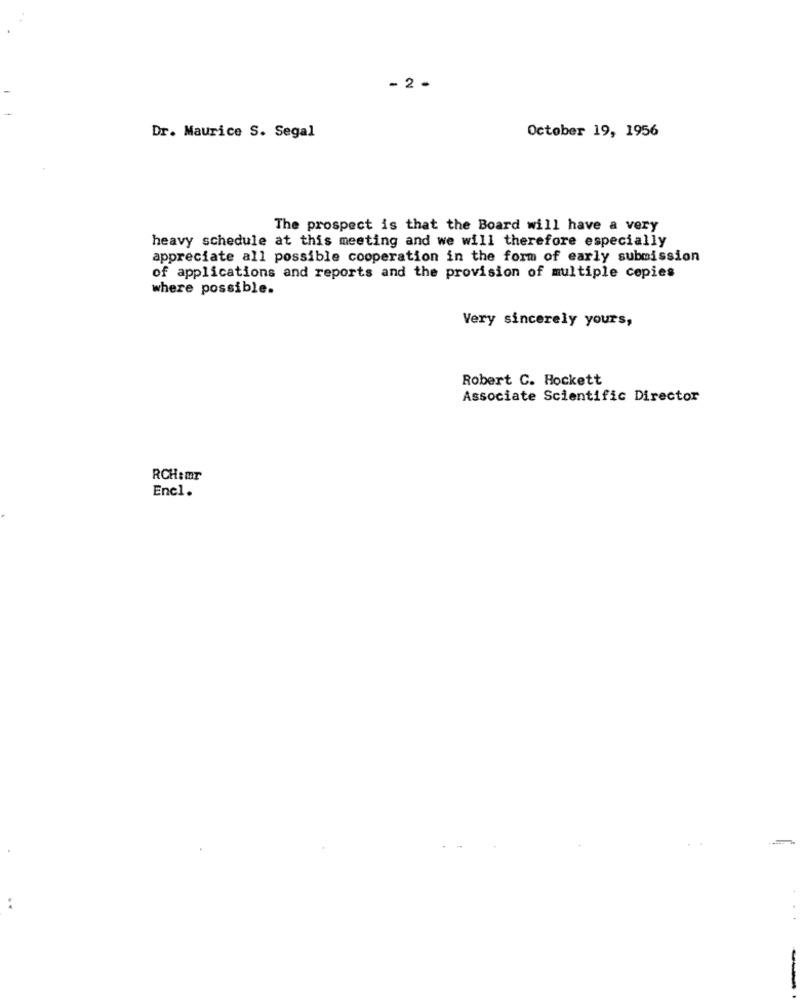
- 2 -
October 19, 1956
Dr. Maurice S. Segal
The prospect is that the Board will have a very
heavy schedule at this meeting and we will therefore especially
appreciate all possible cooperation in the form of early submission
of applications and reports and the provision of multiple copies
where possible.
Very sincerely yours,
Robert C. Hockett
Associate Scientific Director
RCH:mr
Enel.